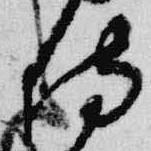
侍